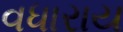
વધારાય